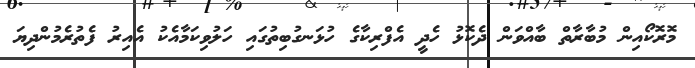
މޮރޮކޯއިން މުބާރާތް ބާއްވަން ދެކޮޅު ހެދީ އެފްރިކާގެ ހުޅަނގުބިތުގައި ހަލުވިކަމާއެކު އެއިރު ފެތުރެމުންދިޔަ